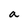
Character: a